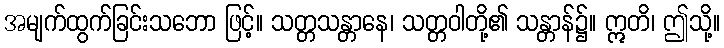
အမျက်ထွက်ခြင်းသဘော ဖြင့်။ သတ္တသန္တာနေ၊ သတ္တဝါတို့၏ သန္တာန်၌။ ဣတိ၊ ဤသို့။